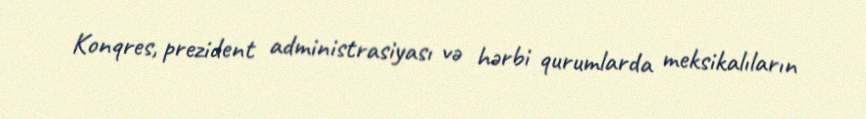
Konqres, prezident administrasiyası və hərbi qurumlarda meksikalıların